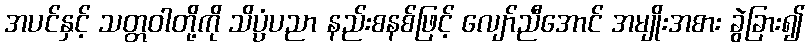
အပင်နှင့် သတ္တဝါတို့ကို သိပ္ပံပညာ နည်းစနစ်ဖြင့် လျော်ညီအောင် အမျိုးအစား ခွဲခြား၍